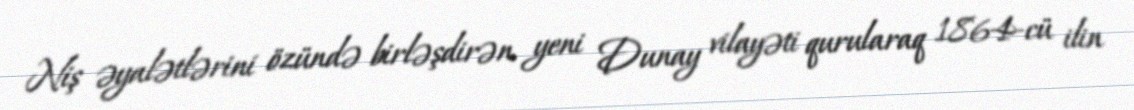
Niş əyalətlərini özündə birləşdirən yeni Dunay vilayəti qurularaq 1864-cü ilin